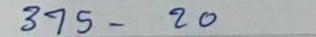
375 - 20